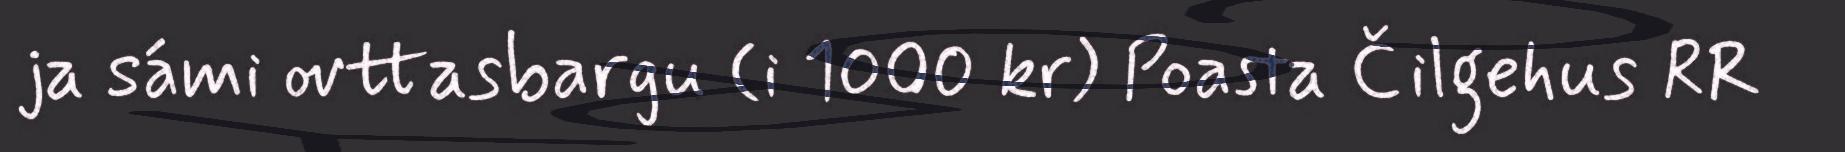
ja sámi ovttasbargu (i 1000 kr) Poasta Čilgehus RR